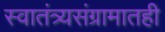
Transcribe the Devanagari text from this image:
स्वातंत्र्यसंग्रामातही